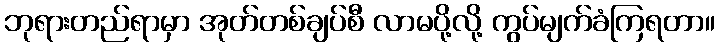
ဘုရားတည်ရာမှာ အုတ်တစ်ချပ်စီ လာမပို့လို့ ကွပ်မျက်ခံကြရတာ။